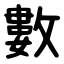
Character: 數